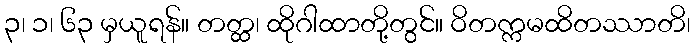
၃၊ ၁၊ ၆၃ မှယူရန်။ တတ္ထ၊ ထိုဂါထာတို့တွင်။ ဝိတက္ကမထိတဿာတိ၊